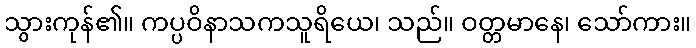
သွားကုန်၏။ ကပ္ပဝိနာသကသူရိယေ၊ သည်။ ဝတ္တမာနေ၊ သော်ကား။